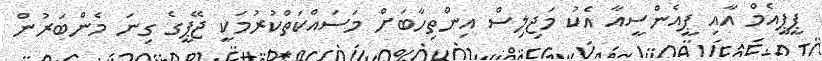
ޕީޕީއެމް އާއި ޕީއެންސީއާ އެކު މަޖިލިސް އިންތިހާބަށް މަސައްކަތްކުރުމަކީ ޖޭޕީގެ ގިނަ މެންބަރުން